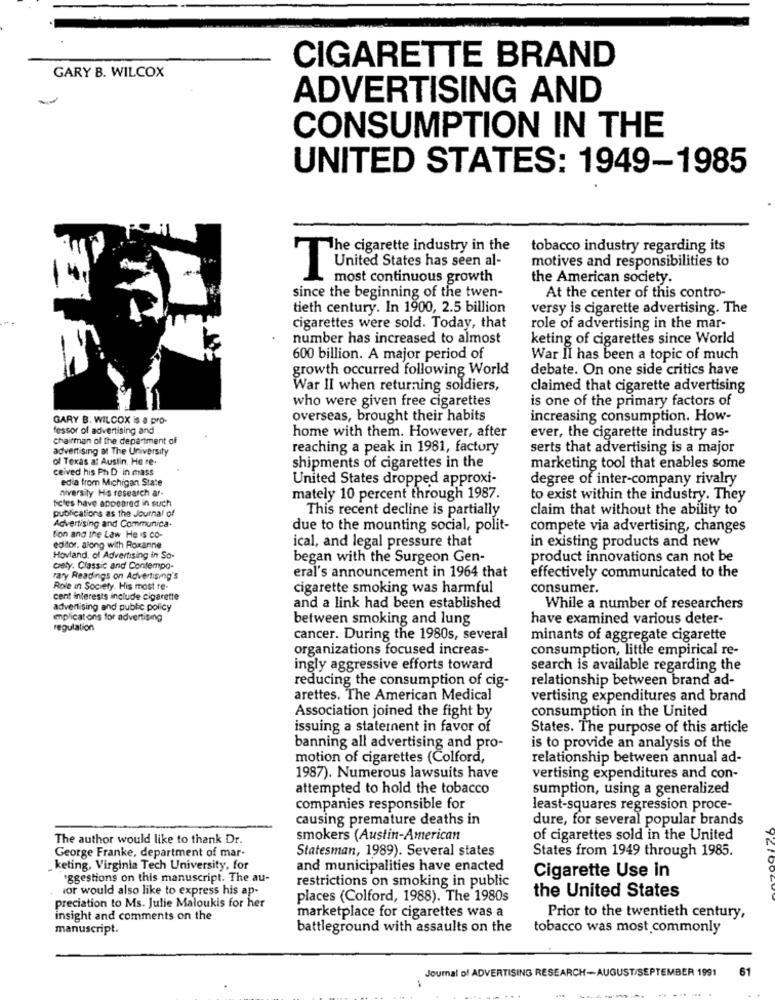
CIGARETTE BRAND
GARY B. WILCOX
ADVERTISING AND
CONSUMPTION IN THE
UNITED STATES: 1949-1985
The cigarette industry in the
tobacco industry regarding its
motives and responsibilities to
United States has seen al-
most continuous growth
the American society.
since the beginning of the twen-
At the center of this contro-
tieth century. In 1900, 2.5 billion
versy is cigarette advertising. The
cigarettes were sold. Today, that
role of advertising in the mar-
number has increased to almost
keting of cigarettes since World
600 billion. A major period of
War II has been a topic of much
growth occurred following World
debate. On one side critics have
War II when returning soldiers,
claimed that cigarette advertising
who were given free cigarettes
is one of the primary factors of
GARY B. WILCOX is a pro-
overseas, brought their habits
increasing consumption. How-
fessor of advertising and
chairman of the department of
home with them. However, after
ever, the cigarette industry as-
advertising at The University
reaching a peak in 1981, factory
serts that advertising is a major
of Texas at Austin, He re-
ceived his Ph D in mass
shipments of cigarettes in the
marketing tool that enables some
edia from Michigan State
United States dropped approxi-
degree of inter-company rivalry
niversity His research ar-
ticles have appeared in such
mately 10 percent through 1987.
to exist within the industry. They
publications as the Journal of
This recent decline is partially
claim that without the ability to
Advertising and Communica.
due to the mounting social, polit-
compete via advertising, changes
Son and the Law He is co-
in existing products and new
editor, along with Roxanne
ical, and legal pressure that
Hovland, of Advertising in So-
began with the Surgeon Gen-
product innovations can not be
cely. Classic and Contempo-
rary Readings on Advertising's
eral's announcement in 1964 that
effectively communicated to the
Role in Society. His most re.
cigarette smoking was harmful
consumer.
cent interests include cigarette
advertising and public policy
and a link had been established
While a number of researchers
enplicat ons for advertising
between smoking and lung
have examined various deter-
regulation
cancer. During the 1980s, several
minants of aggregate cigarette
organizations focused increas-
consumption, little empirical re-
ingly aggressive efforts toward
search is available regarding the
reducing the consumption of cig-
relationship between brand ad-
arettes. The American Medical
vertising expenditures and brand
Association joined the fight by
consumption in the United
issuing a statement in favor of
States. The purpose of this article
banning all advertising and pro-
is to provide an analysis of the
motion of cigarettes (Colford,
relationship between annual ad-
1987). Numerous lawsuits have
vertising expenditures and con-
attempted to hold the tobacco
sumption, using a generalized
companies responsible for
least-squares regression proce-
causing premature deaths in
dure, for several popular brands
The author would like to thank Dr.
smokers (Austin-American
of cigarettes sold in the United
George Franke, department of mar-
Statesman, 1989). Several states
States from 1949 through 1985.
„ keting, Virginia Tech University, for
and municipalities have enacted
Cigarette Use in
`ggestions on this manuscript. The au-
restrictions on smoking in public
vor would also like to express his ap-
places (Colford, 1988). The 1980s
the United States
preciation to Ms. Julie Maloukis for her
marketplace for cigarettes was a
insight and comments on the
Prior to the twentieth century,
manuscript.
battleground with assaults on the
tobacco was most commonly
Journal of ADVERTISING RESEARCH-AUGUST/SEPTEMBER 1991
61